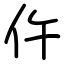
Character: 仵